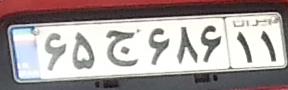
۶۵ج۶۸۶۱۱